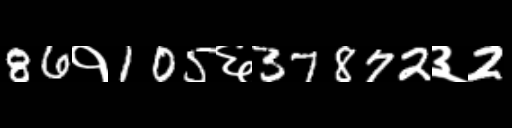
Text: 86१105६37872३2